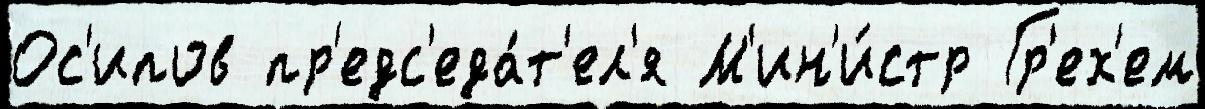
Ос'ипов пр'едс'еда́т'ел'я М'ин'и́стр Гр'ех'ем